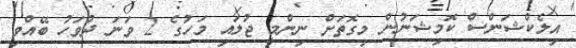
އިލެކްޝަންސް ކޮމިޝަނުން މިގޮތަށް ނިންމީ ޖުލައި މަހުގެ 2 ވަނަ ދުވަހު ބޭއްވި